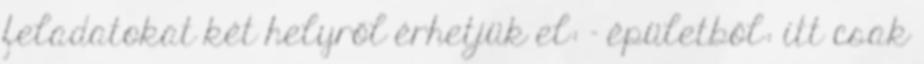
feladatokat két helyről érhetjük el: - épületből: itt csak